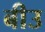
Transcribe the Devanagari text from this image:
बीउ